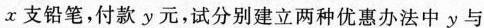
x支铅笔，付款y元，试分别建立两种优惠办法中y与